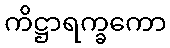
ကိဋ္ဌာရက္ခကော